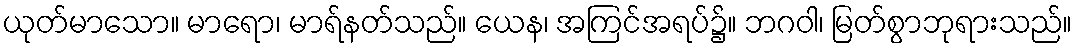
ယုတ်မာသော။ မာရော၊ မာရ်နတ်သည်။ ယေန၊ အကြင်အရပ်၌။ ဘဂဝါ၊ မြတ်စွာဘုရားသည်။